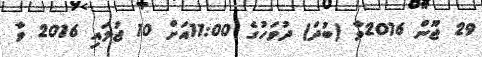
29 ޖޫން 2016ވާ (ބުދަ) ދުވަހުގެ 11:00އަށް 10 ޖުލައި 2016 ވާ